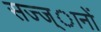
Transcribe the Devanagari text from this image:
सज्ज्ानों